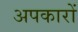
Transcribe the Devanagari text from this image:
अपकारों